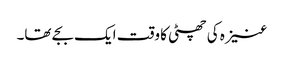
عنیزہ کی چھٹی کا وقت ایک بجے تھا۔